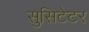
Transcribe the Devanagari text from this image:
सुसिटेटर